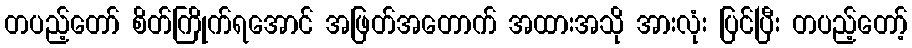
တပည့်တော် စိတ်ကြိုက်ရအောင် အဖြတ်အတောက် အထားအသို အားလုံး ပြင်ပြီး တပည့်တော့်